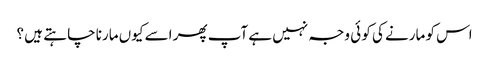
اس کو مارنے کی کو ئی وجہ نہیں ہے آپ پھر اسے کیوں مارنا چا ہتے ہیں ؟